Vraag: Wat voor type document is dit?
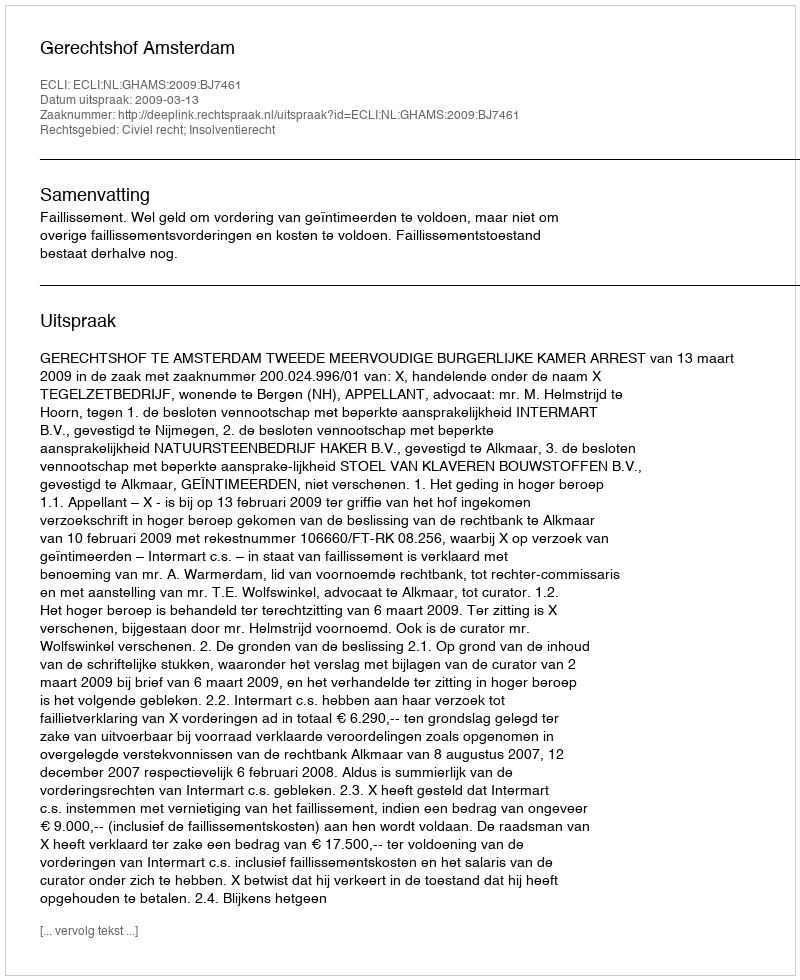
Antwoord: Uitspraak